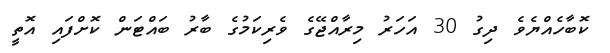
ކޮބާހެއްޔެވެ ދިގު 30 އަހަރު މިރާއްޖޭގެ ވެރިކަމުގެ ބާރު ބައްޓަން ކޮށްފައި އޮތީ